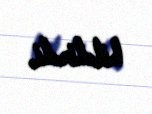
bildirdi.